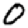
Digit: 0